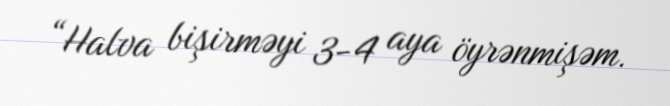
“Halva bişirməyi 3-4 aya öyrənmişəm.